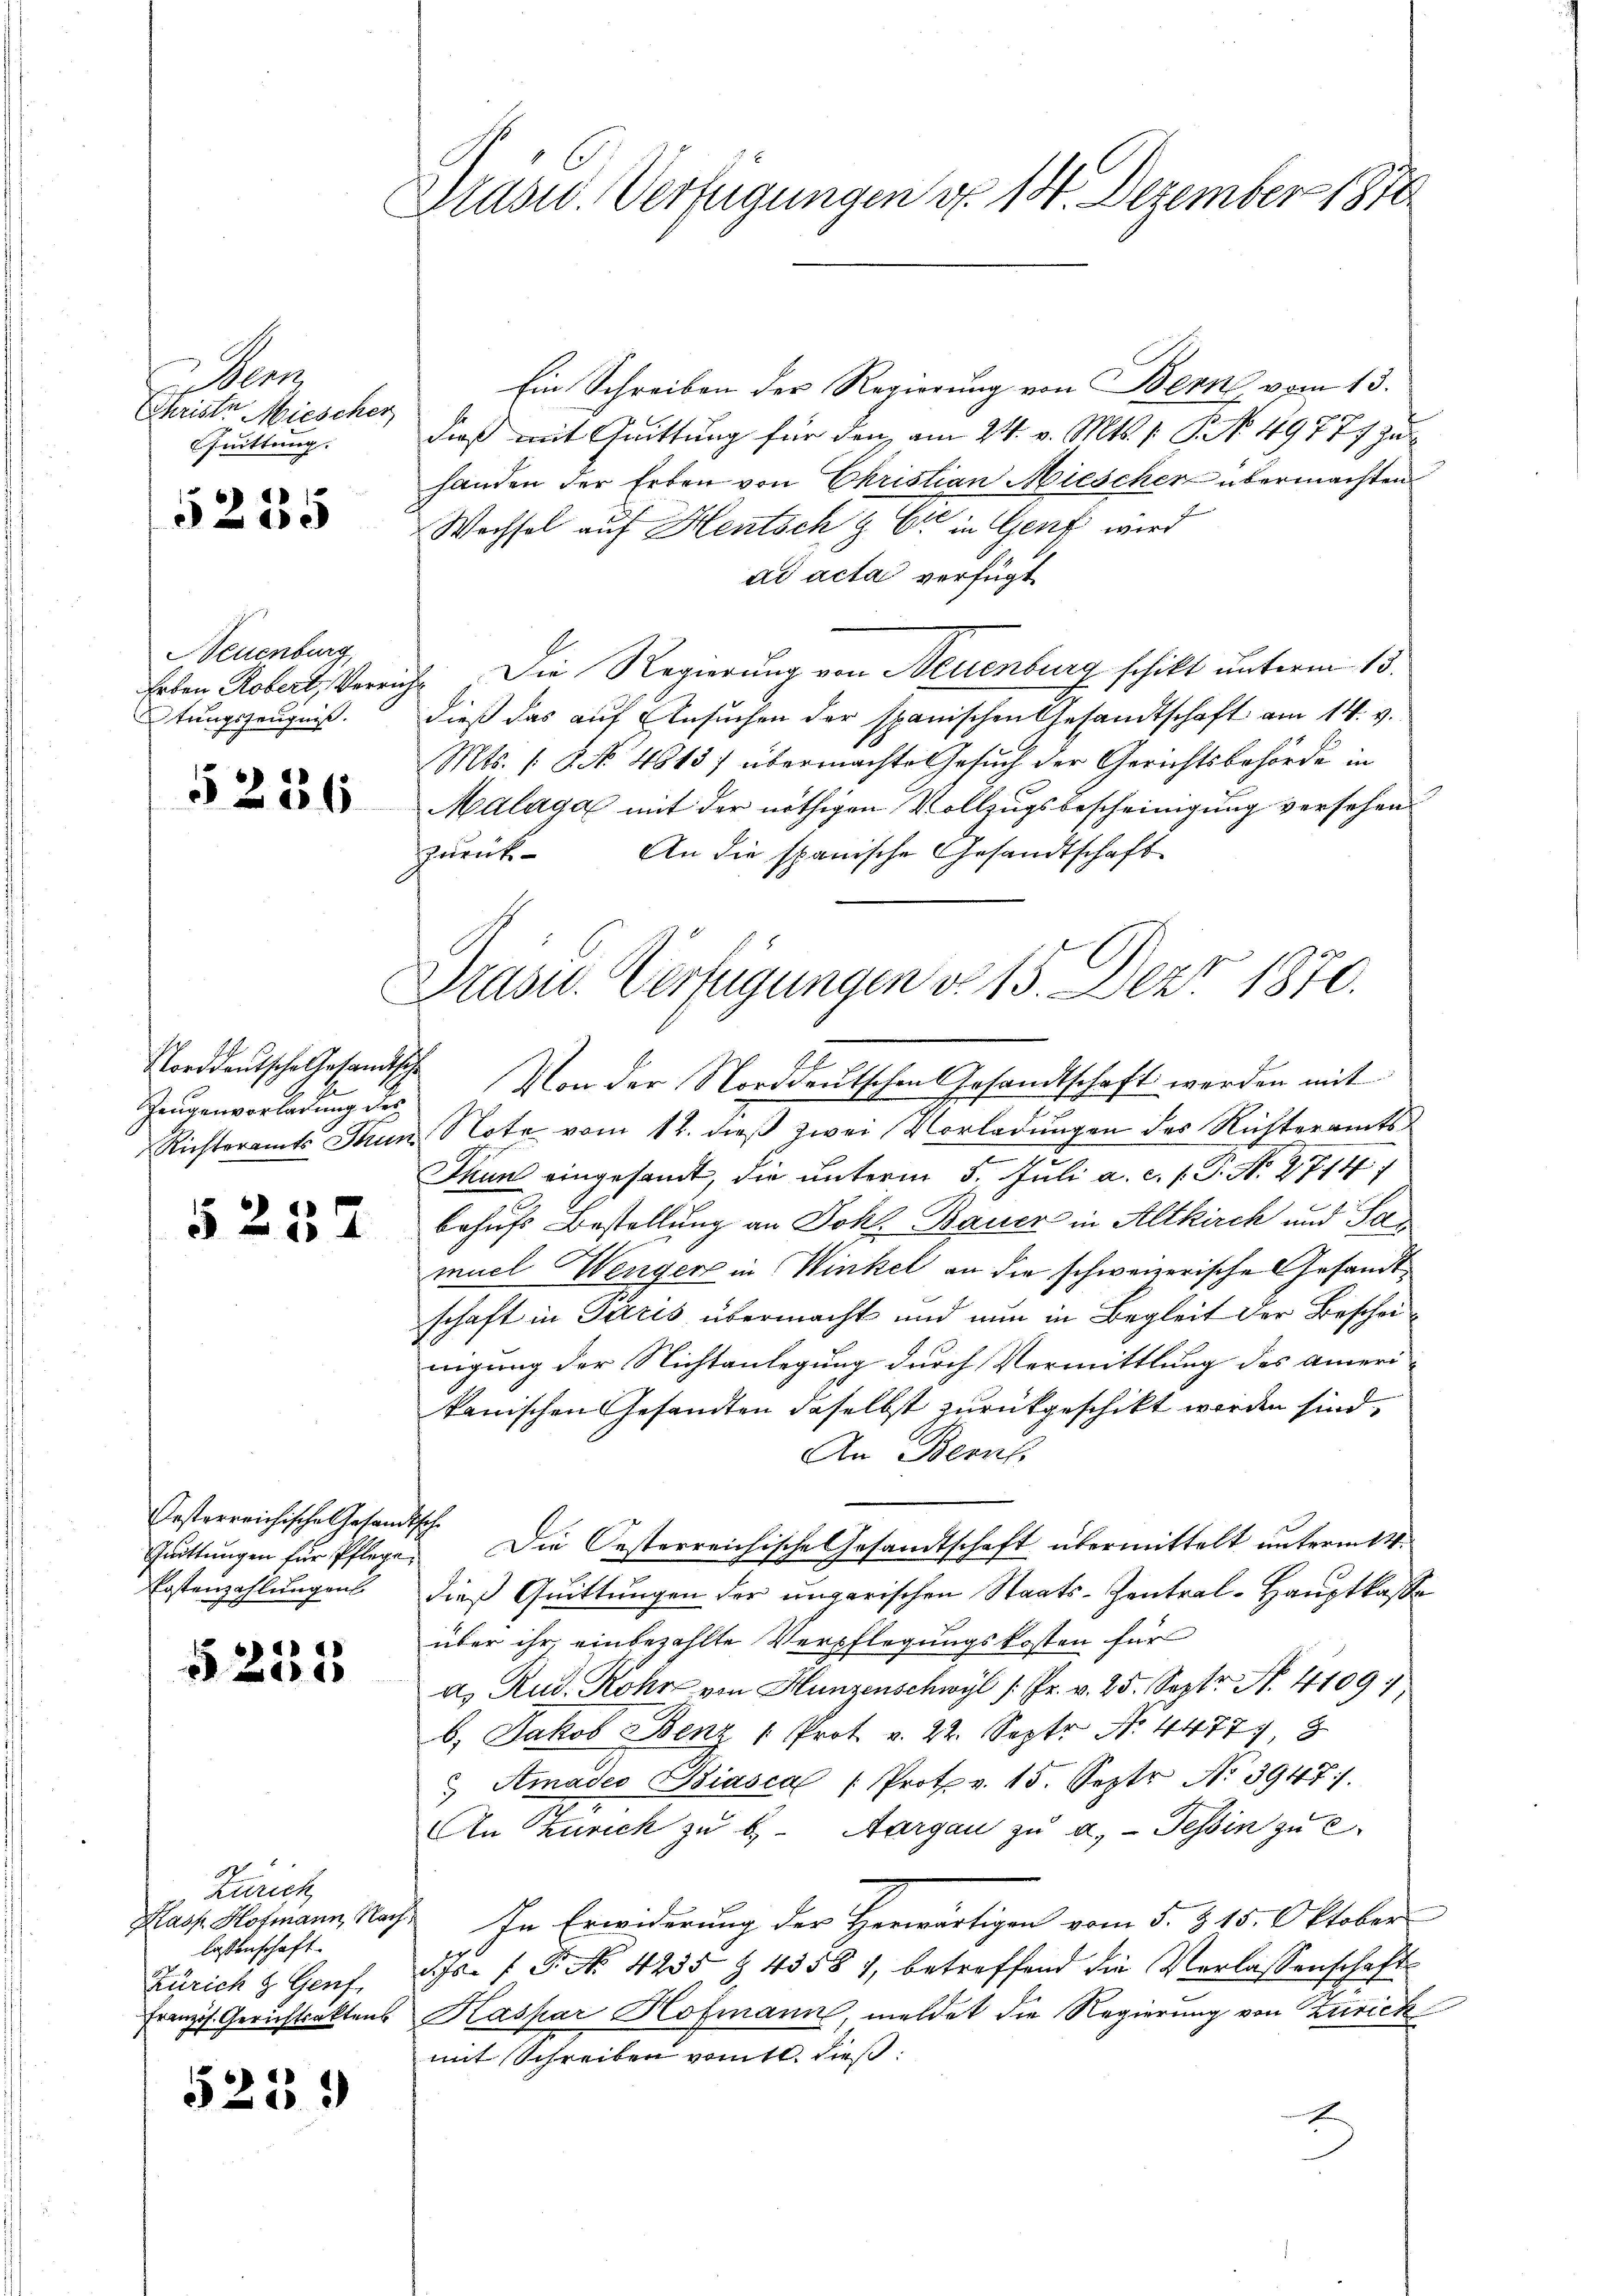
Kar
Christe Miescher
Quittung.

5225

Neuenburg,
Erben, Robert, Verrich
tungszeugniß.

§ 286

Zeugenvorladung des

§ 237

Ersterreichische Gesandtsch¬
Erstenzahlungen

§ 255

Zürich
Kasp. Hofmann, Nach
lassenschaft.
Zürich z. Genf.
Französ. Gerichtsaktens

523.

Präsid. Verfügungen d. 14. Dezember 1870

Präsid.. Verfügungen d. 15. Dez. 1870.
2. J
Norddeutsche Gesandtschen Von der Norddeutschen Gesandtschaft werden mit

Ein Schreiben der Regierung von Bern vom 13.
dieß mit Quittung für den am 24. v. Mts. 1. P. No. 49777 zu
handen der Erben von Christian Miescher übermachten
Wechsel auf Hentsch & Cie in Genf wird
ad acta verfügt
J. Die Regierung von Neuenburg schikt unterm 13.
dieß das auf Ansuchen der spanischen Gesandtschaft am 14. v.
Mts. [§ No 4813) übermachte Gesuch der Gerichtsbehörde in
Malaga mit der nöthigen Vollzugsbescheinigung versehen
zurück. An die spanische Gesandtschaft
Richteramts Stum Note vom 12. dieß zwei Vorladungen des Richteramts¬
Thun eingesandt, die unterm 5. Juli a. c. s. S. Nr. 27147
behufs Bestellung an Joh. Bauer in Altkirch und Par
muel Wenger in Winkel an die schweizerische Gesandtschaft in Paris übermacht und nun in Begleit der Bescheinigung der Nichtanlegung durch Vermittlung des ameri-
kanischen Gesandten daselbst zurückgeschikt worden sind,
An Benut
Quittungen für Pflege. Die Oesterreichische Gesandtschaft übermittelt unterm 14.
dieß Quittungen der ungarischen Staats-Zentral-Hauptkasse
über ihr einbezahlte Verpflegungskosten für
a. Rud. Rohr von Hunzenschwyl /: Pr. v. 25. Septr N. 4109
b. Jakob Benz " Prot v. 22. Sept No. 4477. 8
 Amades Biasca (Protr. 15. Sept No 3947).
An Zürich zu B. Aargau zu u. Tessin zu e
In Erwiderung der Herwärtigen vom 5. §. 15. Oktober
d. Js. f. P. Nr. 4235 Z 43581, betreffend die Verlassenschaft
Kaspar Hofmann, meldet die Regierung von Zurick
mit Schreiben vom 10. dieß: